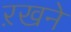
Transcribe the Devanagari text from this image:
ऱखने